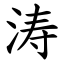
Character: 涛